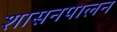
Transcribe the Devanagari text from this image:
शासनपालन